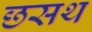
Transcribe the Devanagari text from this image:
छसथ